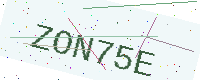
Text: ZON75E